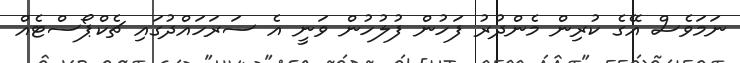
ނަމަވެސް އޭގެ ކުރިން މެންދުރު ފަހުން ފުލުހުން ވަނީ އެ ސަރަހައްދުގައި ޗެކްޕޯސްޓެއް